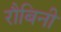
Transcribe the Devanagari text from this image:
रौबिनी